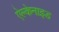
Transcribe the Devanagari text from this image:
ऐल्केनाइड